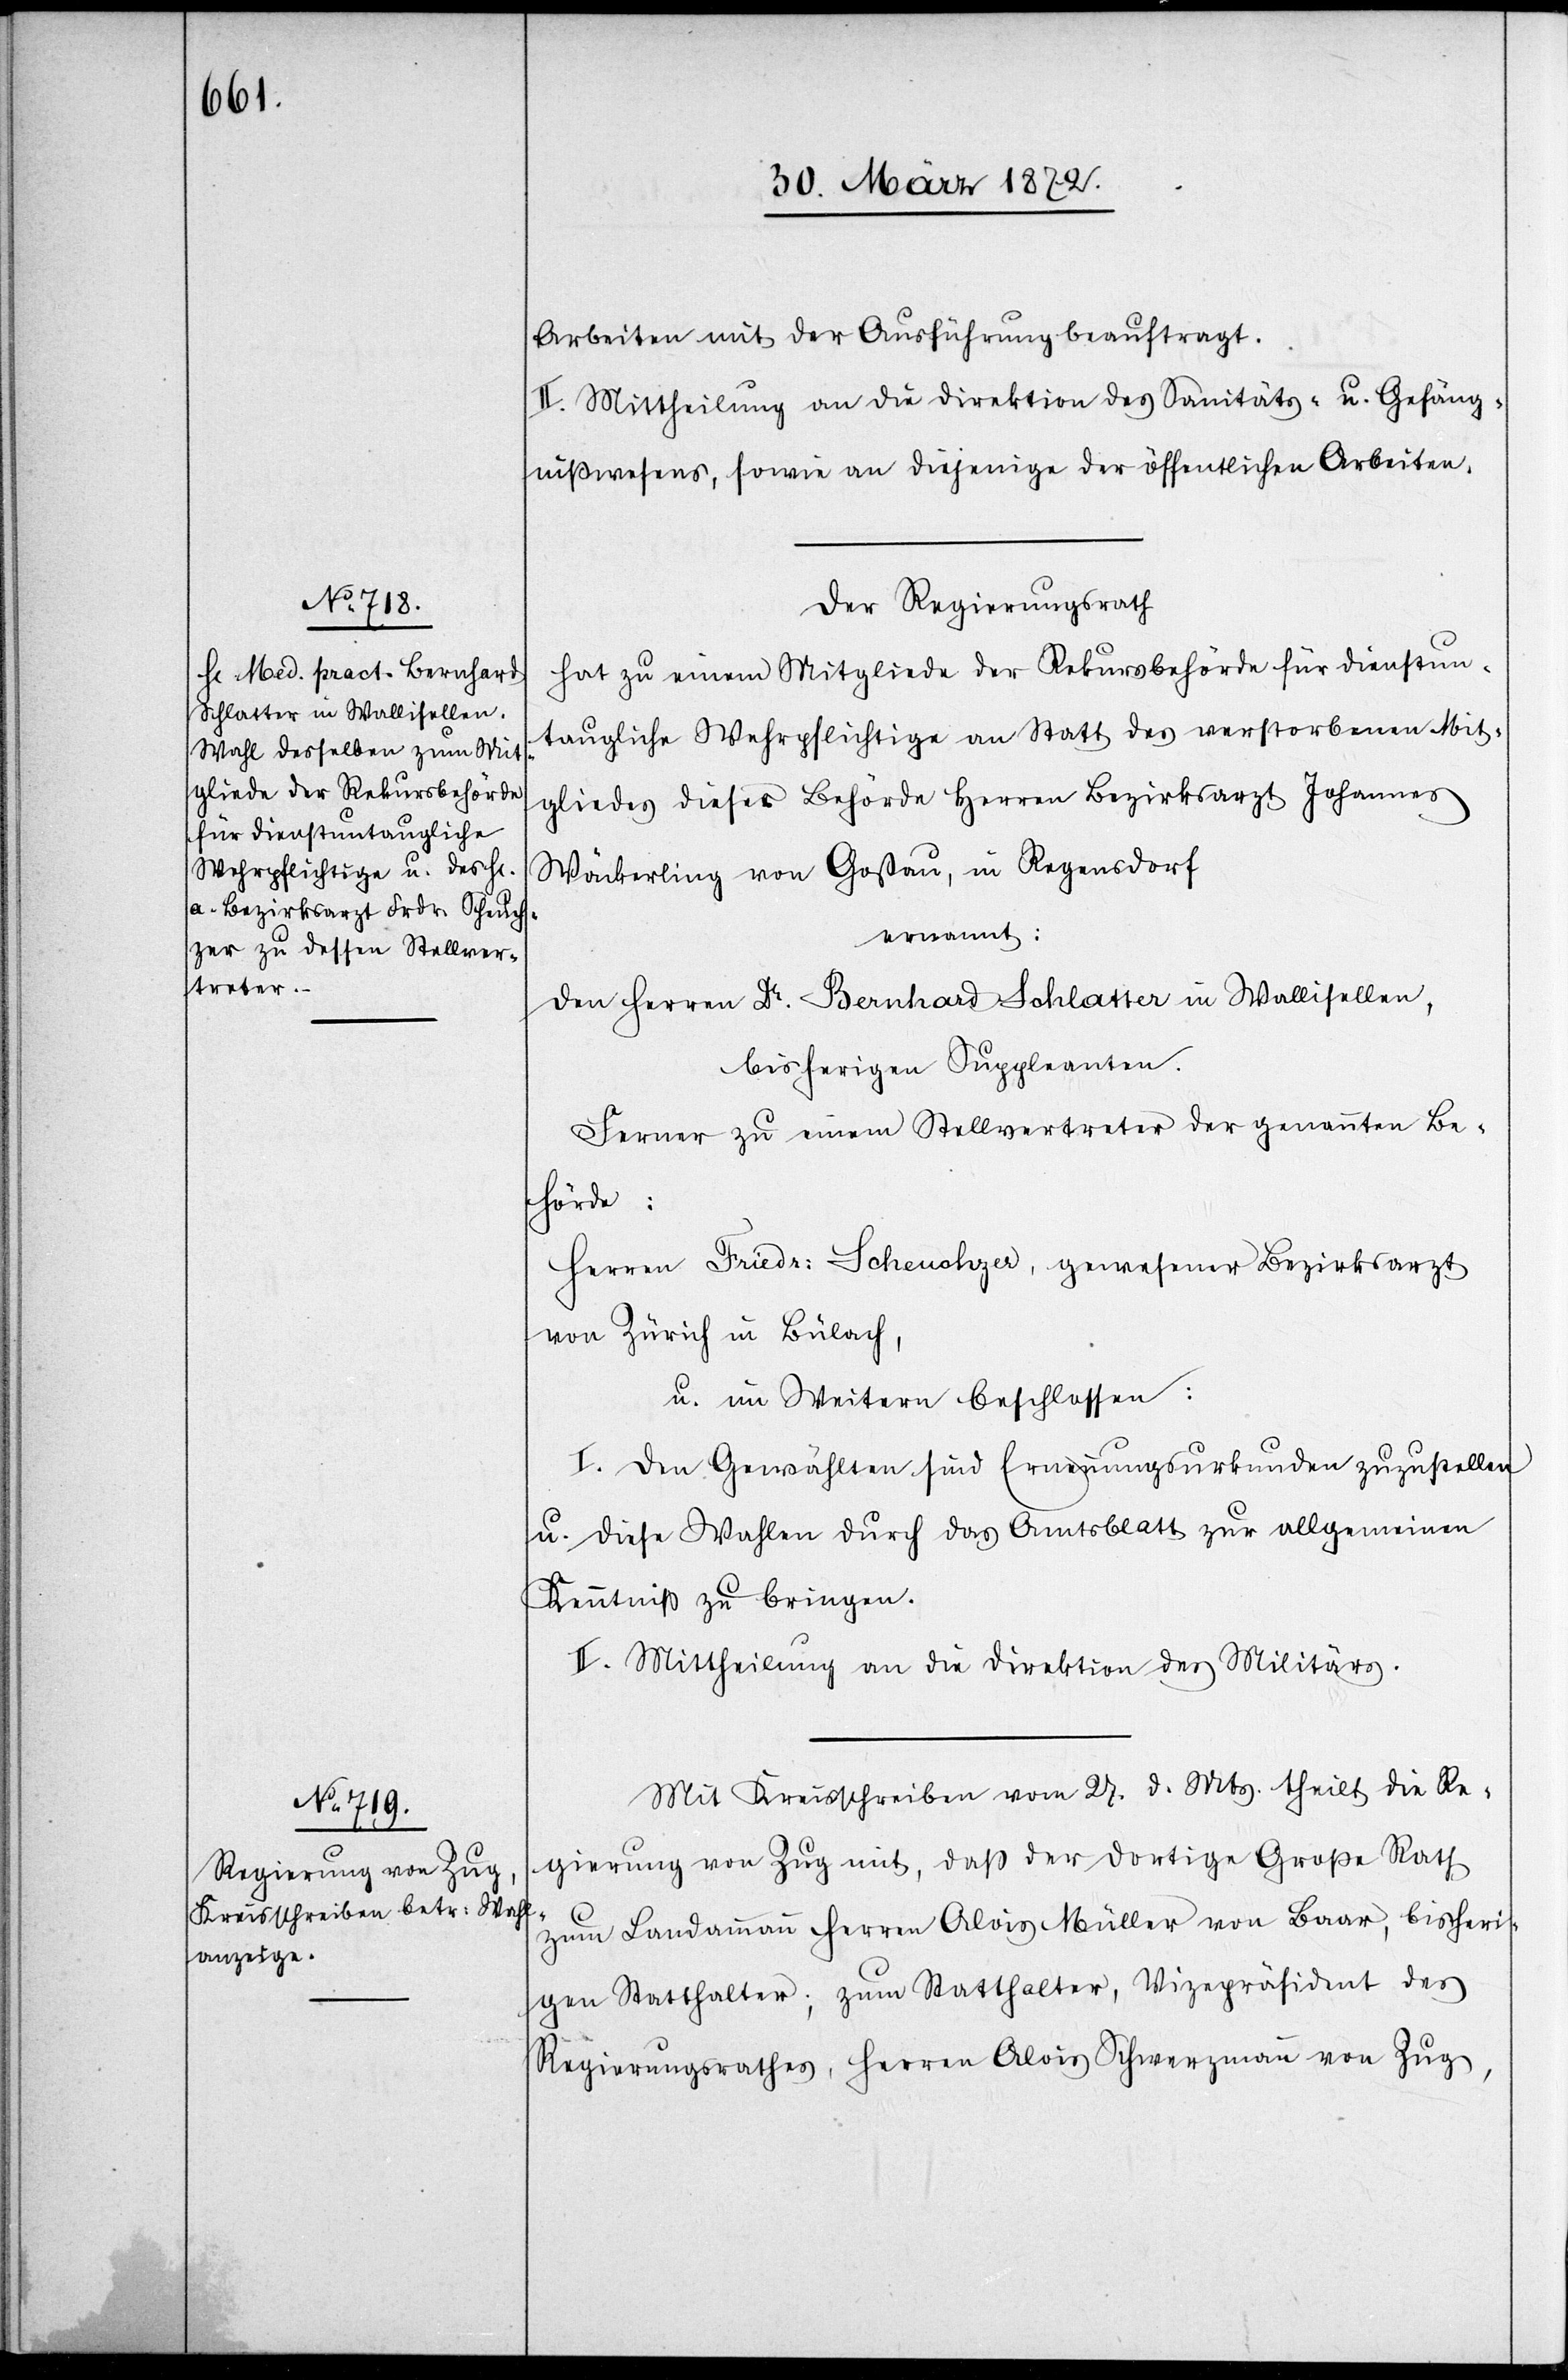
Arbeiten mit der Ausführung beauftragt.
II. Mittheilung an die Direktion des Sanitäts- u. Gefäng¬
nißwesens, sowie an diejenige der öffentlichen Arbeiten.
Der Regierungsrath
hat zu einem Mitgliede der Rekursbehörde für dienstun¬
taugliche Wehrpflichtige an Statt des verstorbenen Mit¬
gliedes dieser Behörde Herren Bezirksarzt Johannes
Wäckerling von Gossau, in Regensdorf
ernannt:
den Herren Dr. Bernhard Schlatter in Wallisellen,
bisherigen Suppleanten.
Ferner zu einem Stellvertreter der genannten Be¬
hörde:
Herren Friedr: Scheuchzer, gewesener Bezirksarzt
von Zürich in Bülach,
u. im Weitern beschlossen:
I. Den Gewählten sind Ernennungsurkunden zuzustellen
u. diese Wahlen durch das Amtsblatt zur allgemeinen
Kenntniß zu bringen.
II. Mittheilung an die Direktion des Militärs.
Mit Kreisschreiben vom 27. d. Mts. theilt die Re¬
gierung von Zug mit, daß der dortige Große Rath
zum Landammann Herren Alois Müller von Baar, bisheri¬
gen Statthalter; zum Statthalter, Vizepräsident des
Regierungsrathes, Herren Alois Schwerzmann von Zug,